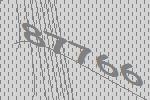
87766